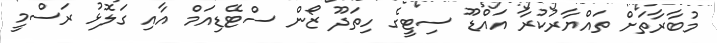
މުބާރާތަށް ތައްޔާރުކުރާ އައްޑޫ ސިޓީގެ ހިތަދޫ ޒޯން ސްޓޭޑިއަމް އާއި ގަލޮޅު ރަސްމީ